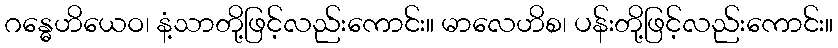
ဂန္ဓေဟိယေဝ၊ နံ့သာတို့ဖြင့်လည်းကောင်း။ မာလေဟိစ၊ ပန်းတို့ဖြင့်လည်းကောင်း။